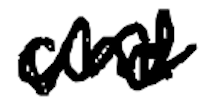
Text: and
Cross-out: zig-zag
Writing tool: digital_black